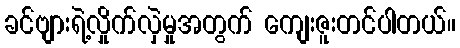
ခင်ဗျားရဲ့လှိုက်လှဲမှုအတွက် ကျေးဇူးတင်ပါတယ်။